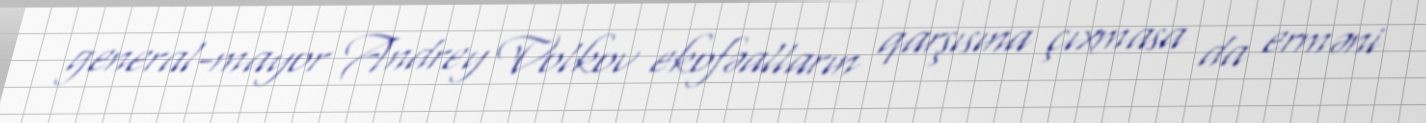
general-mayor Andrey Volkov ekofəalların qarşısına çıxmasa da erməni